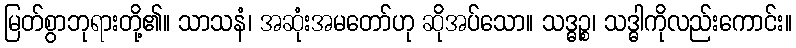
မြတ်စွာဘုရားတို့၏။ သာသနံ၊ အဆုံးအမတော်ဟု ဆိုအပ်သော။ သဒ္ဓဉ္စ၊ သဒ္ဓါကိုလည်းကောင်း။